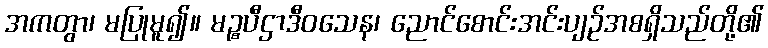
အကတွာ၊ မပြုမူ၍။ မဉ္စပီဌာဒီဝသေန၊ ညောင်စောင်းအင်းပျဉ်အစရှိသည်တို့၏